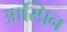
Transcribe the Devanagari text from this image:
आस्प्रिन